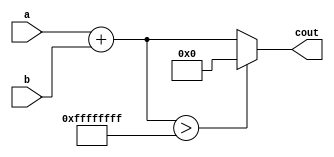
`timescale 1ns / 1ps
//////////////////////////////////////////////////////////////////////////////////
// Company: 
// Engineer: 
// 
// Design Name: 
// Module Name: adder
// Project Name: 
// Target Devices: 
// Tool Versions: 
// Description: 
// 
// Dependencies: 
// 
// Revision:
// Revision 0.01 - File Created
// Additional Comments:
// 
//////////////////////////////////////////////////////////////////////////////////


module adder (a, b, cout);
  input [31:0] a, b;
  output reg [31:0] cout;
  
  always @(*) begin
    if (a + b > 32'hFFFFFFFF)
      cout <= 32'h0;
    else
      cout <= a + b;
  end
  
endmodule